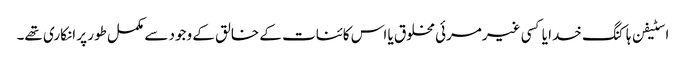
اسٹیفن ہاکنگ خدا یا کسی غیرمرئی مخلوق یا اس کائنات کے خالق کے وجود سے مکمل طور پر انکاری تھے۔